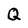
Character: Q